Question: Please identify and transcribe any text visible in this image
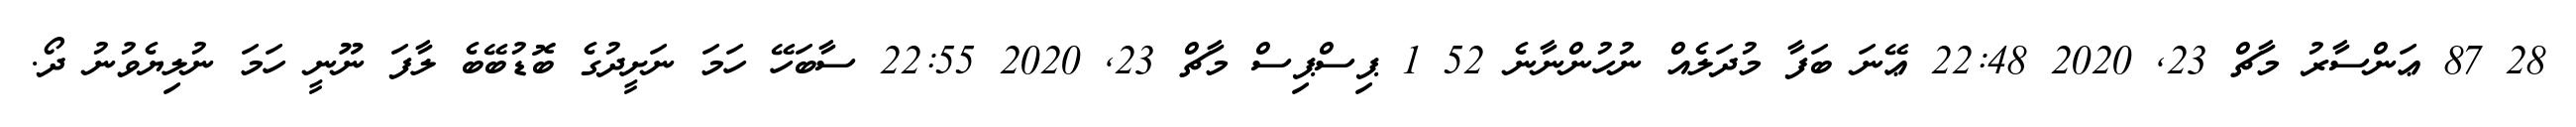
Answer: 28 87 ޢަންސާރު މާޗް 23, 2020 22:48 ޢޭނަ ބަފާ މުދަލެއް ނުހުންނާނެ 52 1 ޕިސްޕިސް މާޗް 23, 2020 22:55 ސާބަހޭ ހަމަ ނަށީދުގެ ބޮޑުބޭބެ ލާފަ ނޫނީ ހަމަ ނުލިޔެވުނު ދޯ.